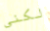
لكني